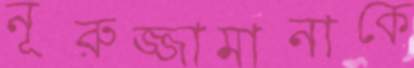
নূরুজ্জামানাকে